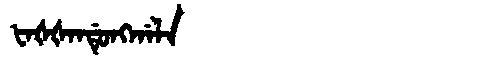
Manchu: ᡶᠠᡧᡧᠠᠨᡩᡠᠩᡤᠠᠯᠠ
Romanization: FAŠŠANDUNGGALA